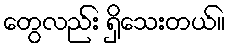
တွေလည်း ရှိသေးတယ်။